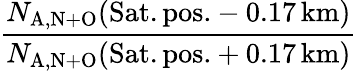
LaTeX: \frac{N_{\mathrm{A,N+O}}(\mathrm{Sat.pos.}-0.17\, \mathrm{km})}{N_{\mathrm{A,N+O}}(\mathrm{Sat.pos.}+0.17\, \mathrm{km})}